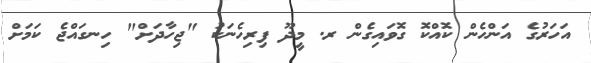
އަހަރުގެ އަންހެން ކޮއްކޮ ގޮވައިގެން ރ. މީދޫ ފިރިހެނަކު "ޖިހާދަށް" ހިނގައްޖެ ކަމަށް